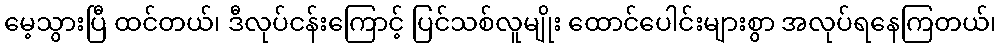
မေ့သွားပြီ ထင်တယ်၊ ဒီလုပ်ငန်းကြောင့် ပြင်သစ်လူမျိုး ထောင်ပေါင်းများစွာ အလုပ်ရနေကြတယ်၊